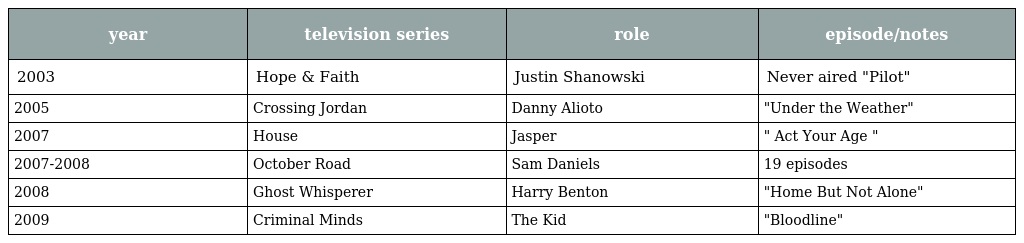
| year | television series | role | episode/notes |
 | --- | --- | --- | --- |
 | 2003 | Hope & Faith | Justin Shanowski | Never aired "Pilot" |
 | 2005 | Crossing Jordan | Danny Alioto | "Under the Weather" |
 | 2007 | House | Jasper | " Act Your Age " |
 | 2007-2008 | October Road | Sam Daniels | 19 episodes |
 | 2008 | Ghost Whisperer | Harry Benton | "Home But Not Alone" |
 | 2009 | Criminal Minds | The Kid | "Bloodline" |